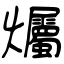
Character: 爥